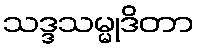
သဒ္ဒသမ္မုဒိတာ